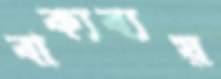
বাক্যব্যয়